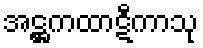
အဋ္ဌကထာဋီကာသု